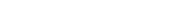
٧٦